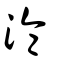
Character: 淪